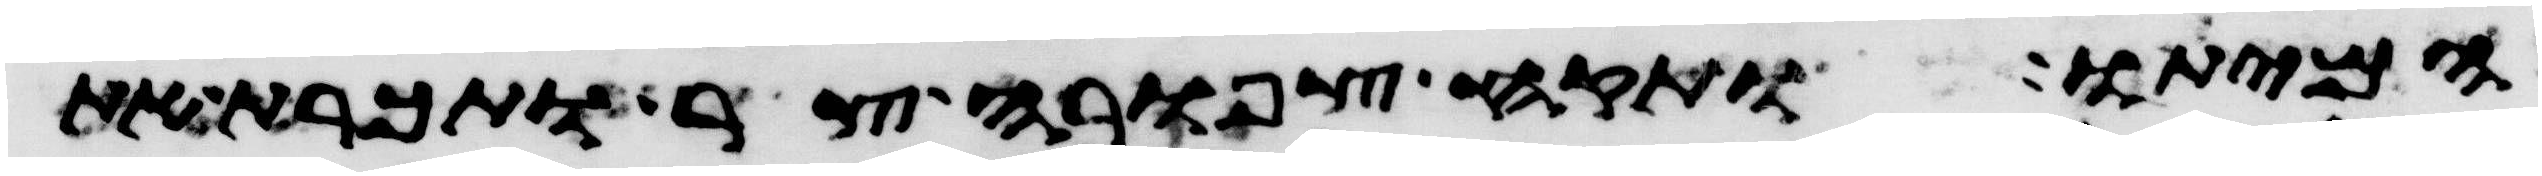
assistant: המיתו ותקח צפורה צר ותכרת את